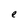
Character: e